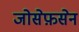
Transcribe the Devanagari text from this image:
जोसेफ़सेन